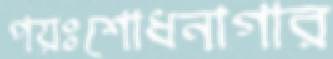
পয়ঃশোধনাগার